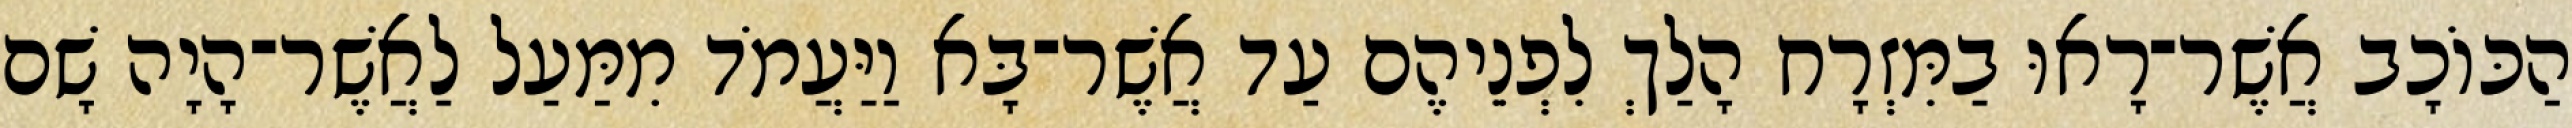
הַכּוֹכָב אֲשֶׁר־רָאוּ בַמִּזְרָח הָלַךְ לִפְנֵיהֶם עַד אֲשֶׁר־בָּא וַיַּעֲמֹד מִמַּעַל לַאֲשֶׁר־הָיָה שָׁם